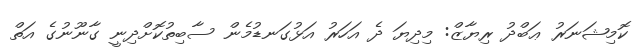
ކޮމިޝަނަރު ޢަބްދު ރިޔާޒް: މިދިޔަ ދެ އަހަރު އަޅުގަނޑުމެން ސާބިތުކޮށްދިނީ ގާނޫނުގެ އަތް